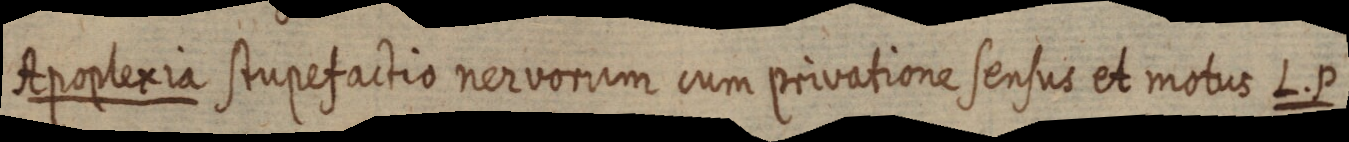
Apoplexia stupefactio nervorum cum privatione sensus et motus L. P